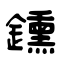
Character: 鑂